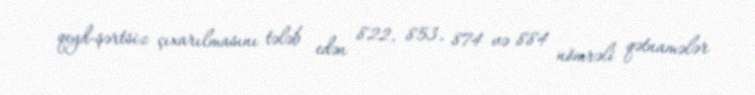
qeyd-şərtsiz çıxarılmasını tələb edən 822, 853, 874 və 884 nömrəli qətnamələr